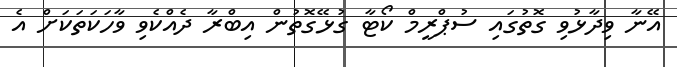
އޭނާ ވިދާޅުވި ގޮތުގައި ސުޕްރީމް ކޯޓާ ގުޅޭގޮތުން އިބްރާ ދެއްކެވި ވާހަކަތަކަށް އެ